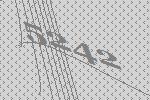
5242